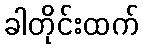
ခါတိုင်းထက်